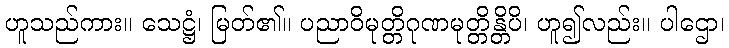
ဟူသည်ကား။ သေဋ္ဌံ၊ မြတ်၏။ ပညာဝိမုတ္တိဂုဏမုတ္တိန္တိပိ၊ ဟူ၍လည်း။ ပါဌော၊